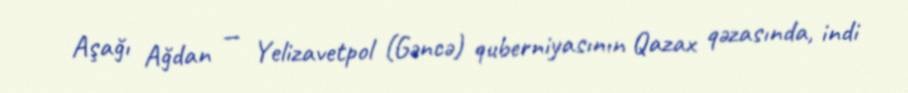
Aşağı Ağdan — Yelizavetpol (Gəncə) quberniyasının Qazax qəzasında, indi